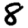
Digit: 8